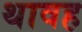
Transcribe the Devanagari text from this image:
थावह